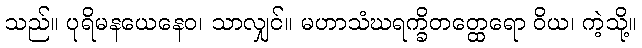
သည်။ ပုရိမနယေနေဝ၊ သာလျှင်။ မဟာသံဃရက္ခိတတ္ထေရော ဝိယ၊ ကဲ့သို့။